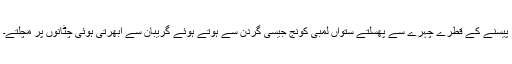
پیسنے کے قطرے چہرے سے پھسلتے ستواں لمبی کونج جیسی گردن سے ہوتے ہوئے گریبان سے اُبھرتی ہوئی چٹانوں پر مچلتے۔